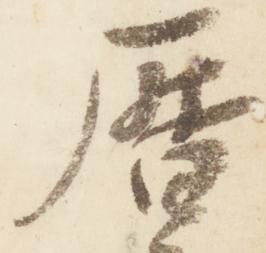
暦